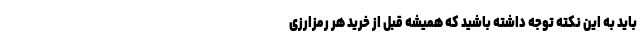
باید به این نکته توجه داشته باشید که همیشه قبل از خرید هر رمزارزی